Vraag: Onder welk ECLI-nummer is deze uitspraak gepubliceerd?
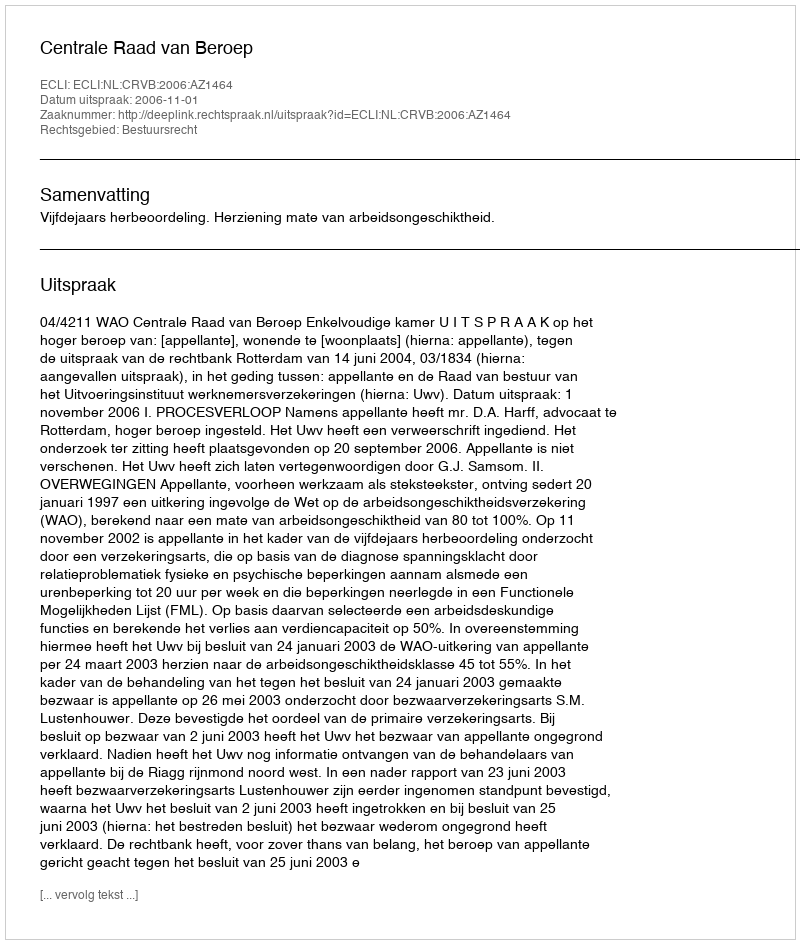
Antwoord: ECLI:NL:CRVB:2006:AZ1464